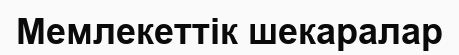
Мемлекеттік шекаралар